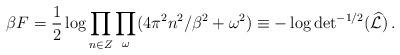
LaTeX: \begin{align*} \beta F={1\over 2} \log\prod_{n\in Z}\prod_{\omega} (4\pi^2n^2/\beta^2 +\omega^2)\equiv-\log{\rm det}^{-1/2}(\widehat{\cal L})\,.\end{align*}